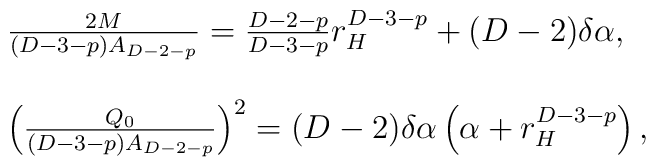
\begin{array}{l}\frac{2M}{(D-3-p)A_{D-2-p}}=\frac{D-2-p}{D-3-p}r_{H}^{D-3-p}+(D-2)\delta \alpha,\\\\\left(\frac{Q_{0}}{(D-3-p)A_{D-2-p}}\right)^{2}=(D-2)\delta \alpha \left(\alpha+r_{H}^{D-3-p}\right),\end{array}